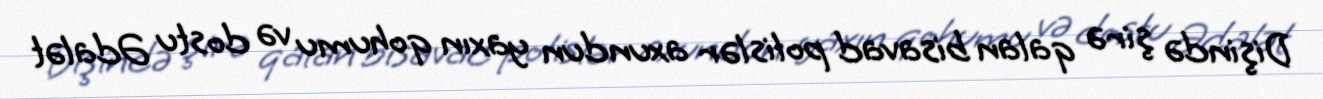
Dişində şirə qalan bisavad polislər axundun yaxın qohumu və dostu Ədalət